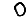
Digit: 0